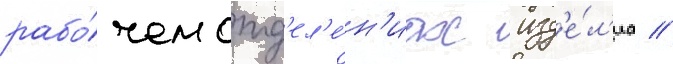
рабо́чем отд'ел'е́н'иах изд'е́л'иа //